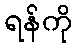
ရန်ကို